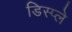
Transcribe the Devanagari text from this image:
डिस्‍प्‍ले